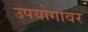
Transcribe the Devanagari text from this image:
उपयोगावर